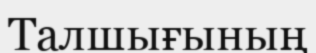
Талшығының